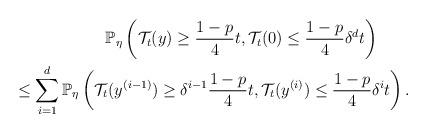
LaTeX: \begin{align*} \mathbb{P}_\eta\left(\mathcal{T}_t(y)\geq\frac{1-p}{4}t,\mathcal{T}_t(0) \leq \frac{1-p}{4}\delta^d t\right)\qquad\\ \leq \sum_{i=1}^d \mathbb{P}_\eta\left(\mathcal{T}_t(y^{(i-1)})\geq\delta^{i-1}\frac{1-p}{4}t, \mathcal{T}_t(y^{(i)}) \leq \frac{1-p}{4}\delta^i t\right). \end{align*}